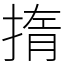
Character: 㨊